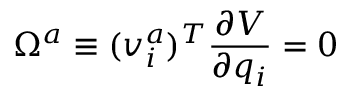
\Omega ^ { a } \equiv ( v _ { i } ^ { a } ) ^ { T } { \frac { \partial V } { \partial q _ { i } } } = 0